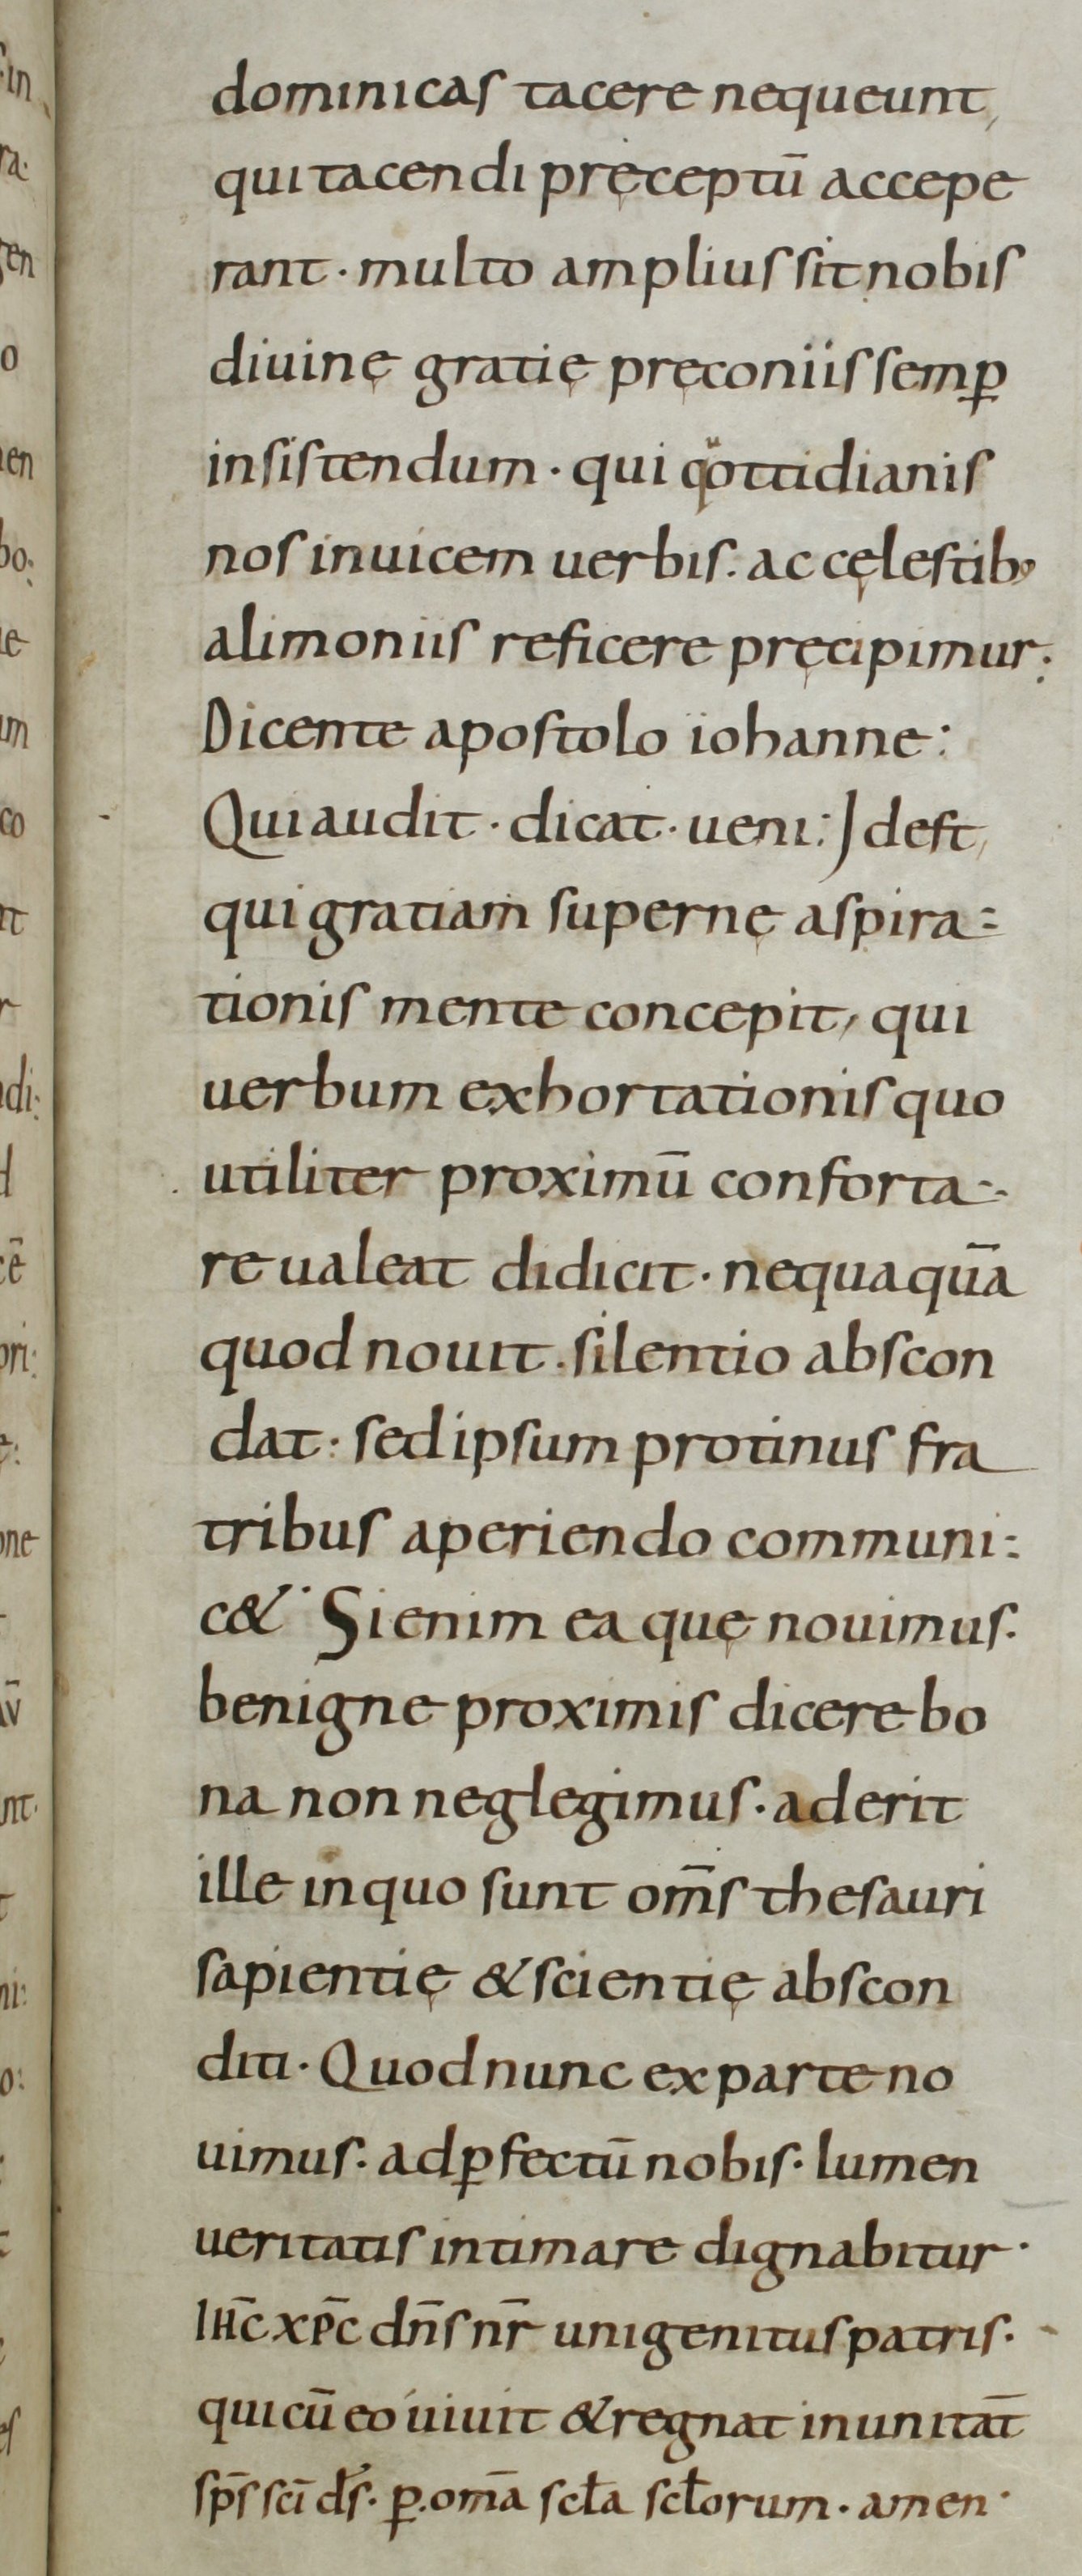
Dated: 800–899